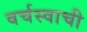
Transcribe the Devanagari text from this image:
वर्चस्वाची